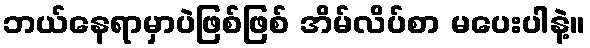
ဘယ်နေရာမှာပဲဖြစ်ဖြစ် အိမ်လိပ်စာ မပေးပါနဲ့။